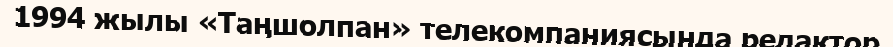
1994 жылы «Таңшолпан» телекомпаниясында редактор